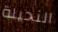
النحيلة